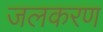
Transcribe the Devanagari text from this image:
जलकरण